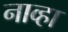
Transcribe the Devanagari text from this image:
नाव्हा